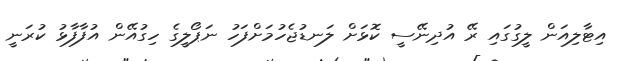
އިޓާލިއަން ލީގުގައި ރޭ އުދިނޭސީ ކޮޅަށް ލަނޑުޖެހުމަށްފަހު ނަޕޯލީގެ ހިގުއޭން އުފާފާޅު ކުރަނީ